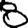
Digit: 8